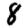
Digit: 8